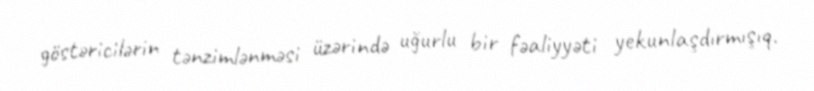
göstəricilərin tənzimlənməsi üzərində uğurlu bir fəaliyyəti yekunlaşdırmışıq.